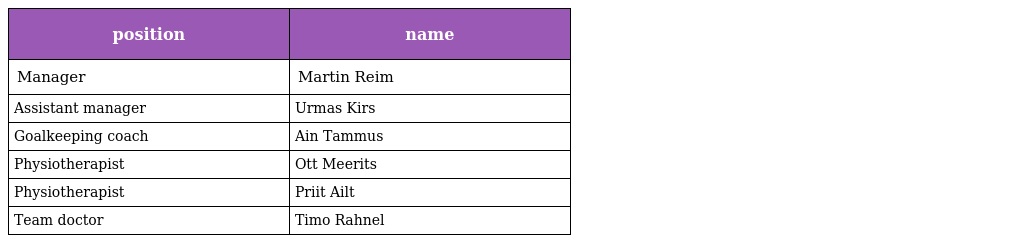
| position | name |
 | --- | --- |
 | Manager | Martin Reim |
 | Assistant manager | Urmas Kirs |
 | Goalkeeping coach | Ain Tammus |
 | Physiotherapist | Ott Meerits |
 | Physiotherapist | Priit Ailt |
 | Team doctor | Timo Rahnel |